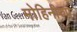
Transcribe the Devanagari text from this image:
मोहिनीरुप